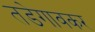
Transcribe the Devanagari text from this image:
तडेगावकर